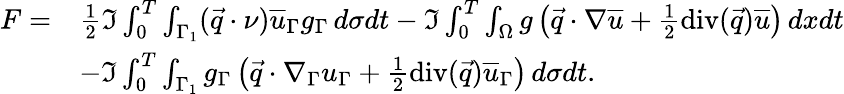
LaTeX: \begin{array}{rl}{F=}&{\frac{1}{2}\Im\int_{0}^{T}\int_{\Gamma_{1}}(\vec{q}\cdot\nu)\overline{{u}}_{\Gamma}g_{\Gamma}\, d\sigma dt-\Im\int_{0}^{T}\int_{\Omega}g\left(\vec{q}\cdot\nabla\overline{{u}}+\frac{1}{2}\mathrm{div}(\vec{q})\overline{{u}}\right)\, dxdt}\\ &{-\Im\int_{0}^{T}\int_{\Gamma_{1}}g_{\Gamma}\left(\vec{q}\cdot\nabla_{\Gamma}u_{\Gamma}+\frac{1}{2}\mathrm{div}(\vec{q})\overline{{u}}_{\Gamma}\right)\, d\sigma dt.}\end{array}